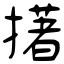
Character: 擆